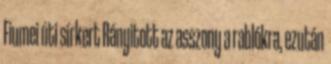
Fiumei úti sírkert Rányitott az asszony a rablókra, ezután